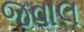
જવાલ